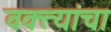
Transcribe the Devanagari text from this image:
वक्त्यांचा